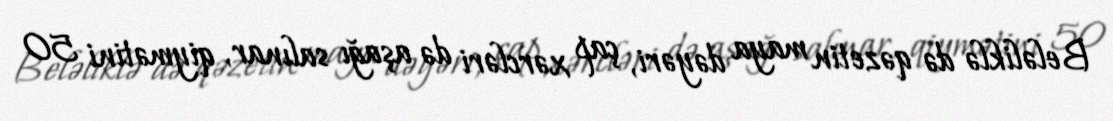
Beləliklə də qəzetin maya dəyəri, çap xərcləri də aşağı salınar, qiymətini 50